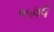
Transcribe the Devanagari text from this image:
१५वर्षे